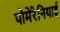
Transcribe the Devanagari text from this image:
पोमेरैनियाई